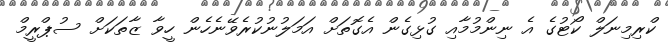
ކްރިމިނަލް ކޯޓުގެ އެ ނިންމުމާއި ގުޅިގެން އެގޮތަށް އަމަލުނުކުރެވޭނެހެން ހީވާ ޒާތަކަށް ސުޕްރީމް